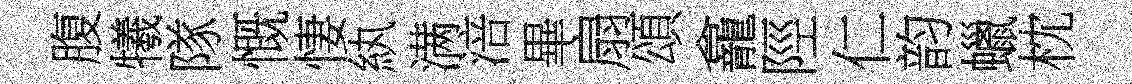
腹犧隊慨悽紈满涪畢扇頌龕陘仁韵蠟枕